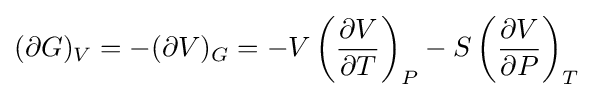
(\partial G)_{V}=-(\partial V)_{G}=-V\left({\frac {\partial V}{\partial T}}\right)_{P}-S\left({\frac {\partial V}{\partial P}}\right)_{T}